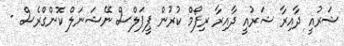
ޝަރުއީ ދާއިރާ ޝަރުއީ ދާއިރާ ރިފޯމް ކުރުން ޕީޕަލްސް ނޭޝަނަލް ކޮންގްރެސް -